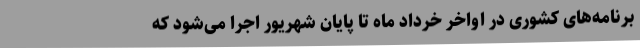
برنامه‌های کشوری در اواخر خرداد ماه تا پایان شهریور اجرا می‌شود که